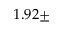
1 . 9 2 \pm